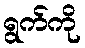
ရွက်ကို